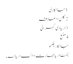
1 جانکاری
2 نکلن دا علاقہ
3 دریا دی گہرائی
4 منبع
جانکاریلکھو
جمنا دریا بھارت دا اک دریا اے ۔